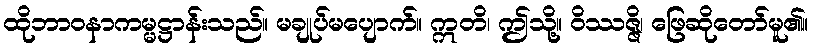
ထိုဘာဝနာကမ္မဋ္ဌာန်းသည်။ မချုပ်မပျောက်။ ဣတိ၊ ဤသို့။ ဝိဿဇ္ဇိ၊ ဖြေဆိုတော်မူ၏။